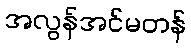
အလွန်အင်မတန်